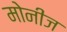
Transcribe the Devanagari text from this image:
मोनीज